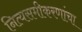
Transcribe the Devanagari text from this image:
नित्यसमीकरणांचा